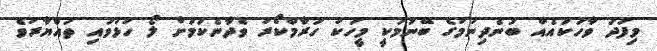
މިފަދަ ވާހަކައެއް ބުނެދިނުމުގެ ބޭނުމަކީ މީހަކު ހަރާމްކޯރު ވެދާނެކަމަށް ލޯ ހުޅުވައި ތައްޔާރުވެ